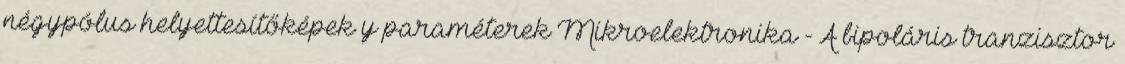
négypólus helyettesítőképek y paraméterek Mikroelektronika - A bipoláris tranzisztor